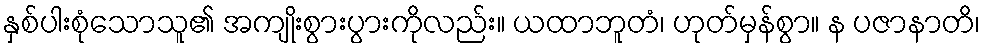
နှစ်ပါးစုံသောသူ၏ အကျိုးစွားပွားကိုလည်း။ ယထာဘူတံ၊ ဟုတ်မှန်စွာ။ န ပဇာနာတိ၊